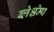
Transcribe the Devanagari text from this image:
ब्लेश्चेम्प